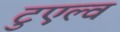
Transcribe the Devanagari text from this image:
टुएल्व